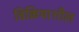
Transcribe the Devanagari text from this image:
विक्रियाशील